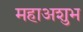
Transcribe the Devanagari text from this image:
महाअशुभ